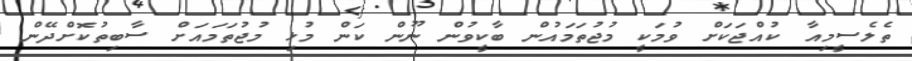
ތެލެސީމިއާ ކުއްޖަކަށް ވުމަކީ މުޖުތަމައުން ބާކީވުން ނޫން ކަން މުޅި މުޖުތަމައަށް ސާބިތުކޮށްދޭން